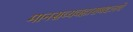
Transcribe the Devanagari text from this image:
मानसव्यवहाराबद्दलचे